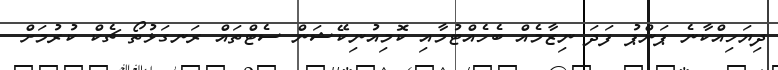
ދިޔަހިއްކާނެ ޕަންޕު ފަދަ ނިޒާމެއް ބެހެއްޓުމާއި ކޮމިއުނިކޭޝަން ސެޓްތައް ރަނގަޅުތޯ ޗެކް ކުރުމަށް